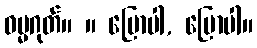
ဓမ္မဂုတ်။ ။ ပြောပါ, ပြောပါ။